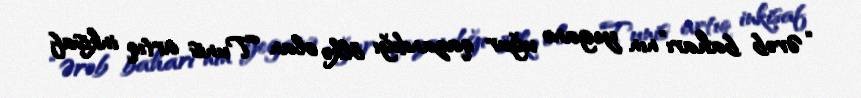
“Ərəb baharı”nın yeganə uğur qazandığı ölkə olan Tunis artıq inkişaf